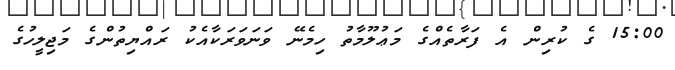
15:00 ގެ ކުރިން އެ ފަރާތެއްގެ މަޢުލޫމާތު ހިމެނޭ ވަނަވަރަކާއެކު ރައްޔިތުންގެ މަޖިލީހުގެ